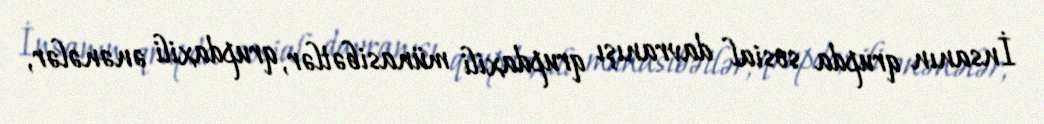
İnsanın qrupda sosial davranışı qrupdaxili münasibətlər, qrupdaxili ənənələr,